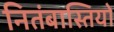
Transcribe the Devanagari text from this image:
नितंबास्तियों